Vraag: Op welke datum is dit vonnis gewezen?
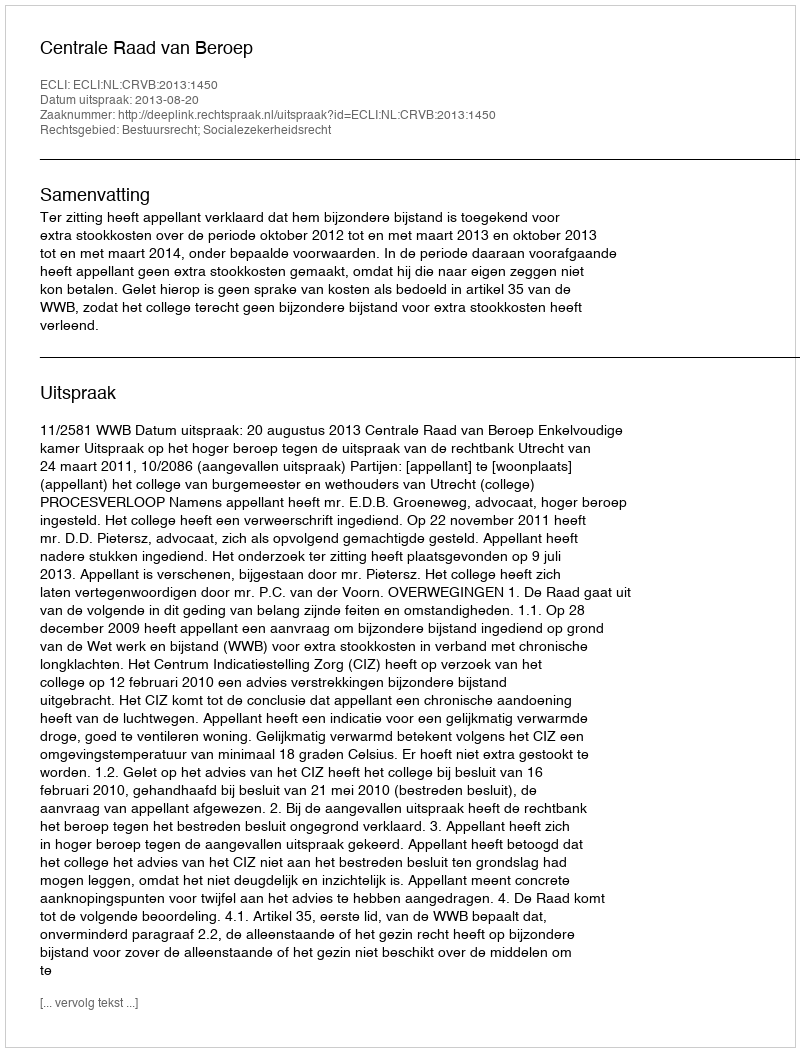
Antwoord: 2013-08-20